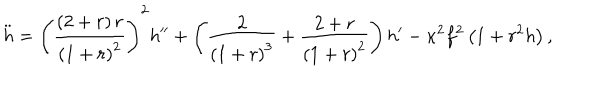
LaTeX: \ddot { h } = \left( \frac { \left( 2 + r \right) r } { \left( 1 + r \right) ^ { 2 } } \right) ^ { 2 } h ^ { \prime \prime } + \left( \frac { 2 } { \left( 1 + r \right) ^ { 3 } } + \frac { 2 + r } { \left( 1 + r \right) ^ { 2 } } \right) h ^ { \prime } - \kappa ^ { 2 } f ^ { 2 } \left( 1 + r ^ { 2 } h \right) ,